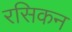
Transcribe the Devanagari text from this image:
रसिकन